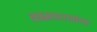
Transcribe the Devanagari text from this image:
लक्ष्मणरावांना